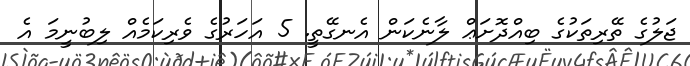
ޖަލުގެ ތޭރިތަކުގެ ބިއްދޮށަޢް ލާނެކަން އެނގޭތީ. 5 އަހަރުގެ ވެރިކަމެއް ލިބުނީމަ އެ